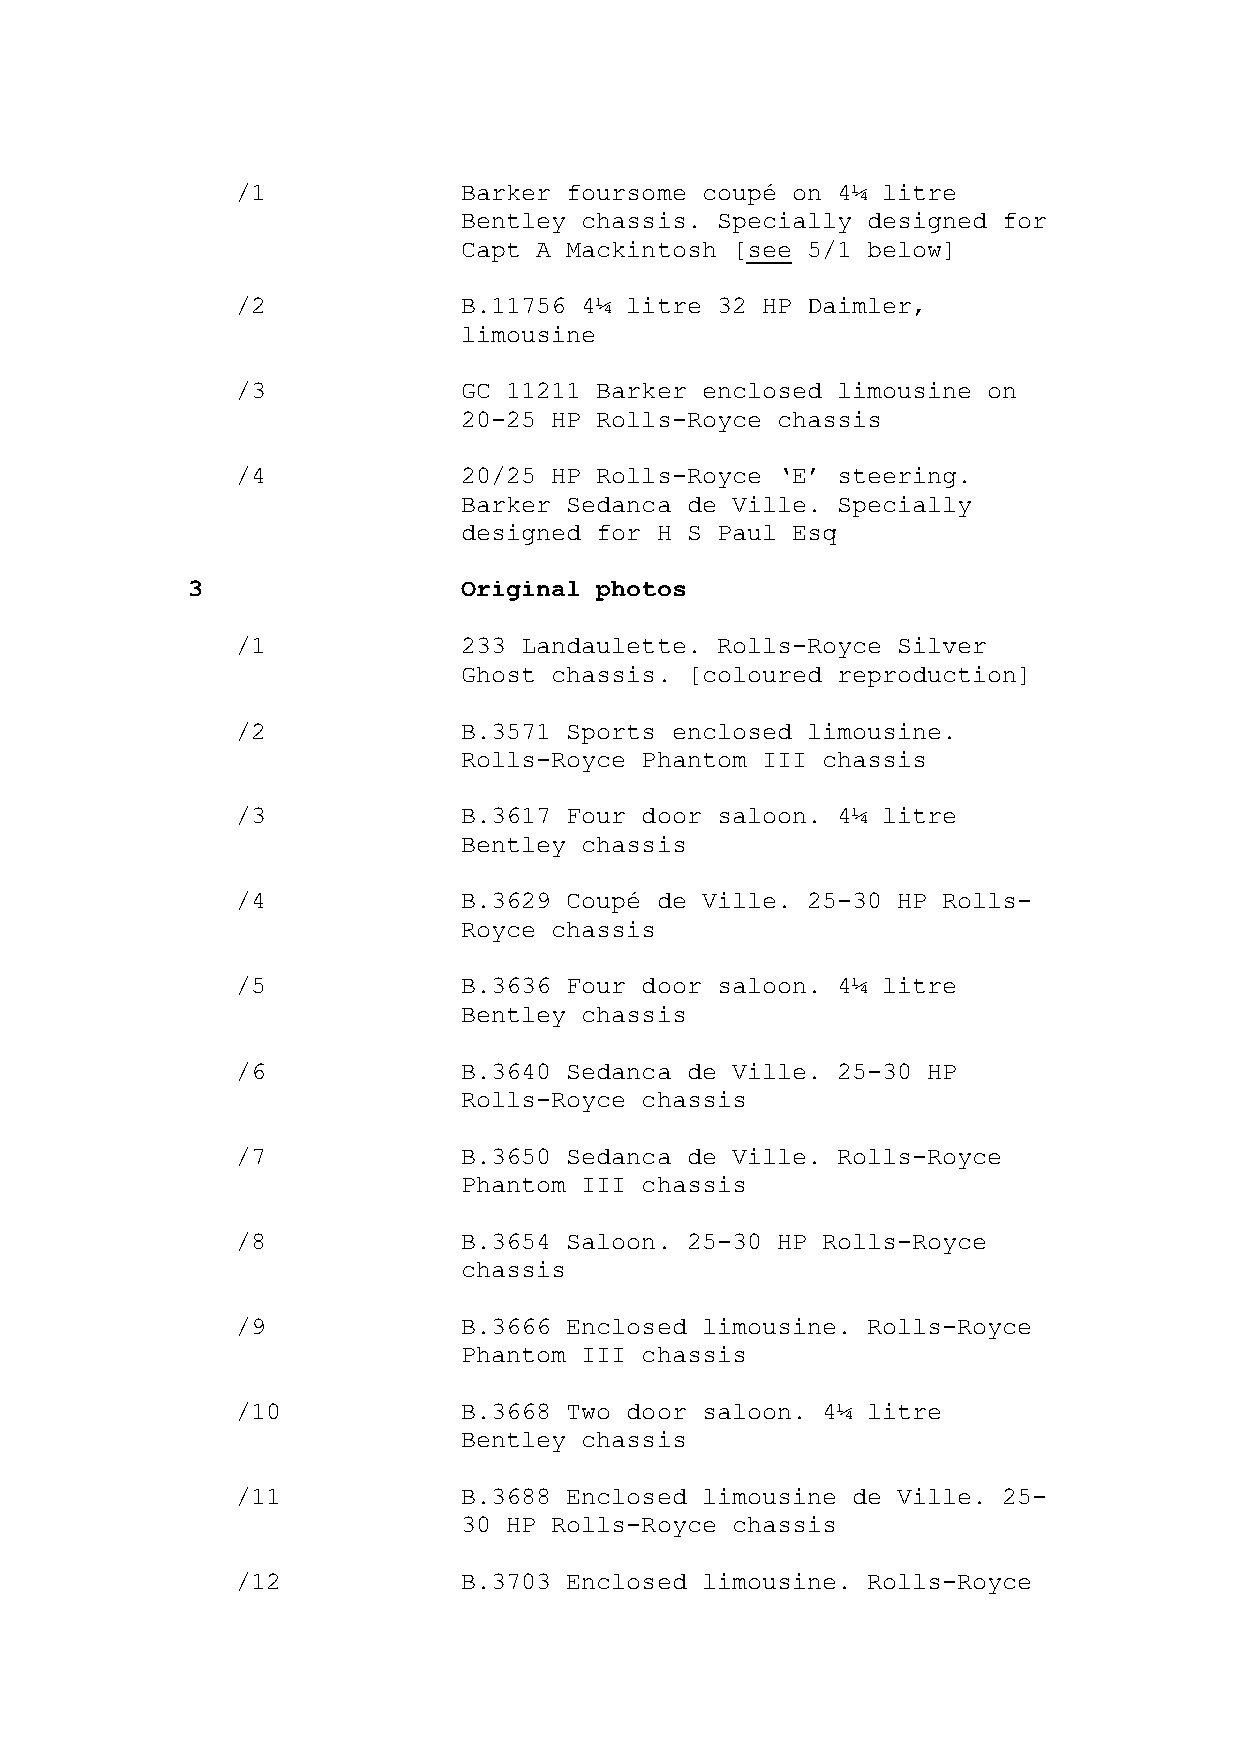
/1             Barker foursome coupé on 4¼ litre
 Bentley chassis. Specially designed for
 Capt A Mackintosh [see 5/1 below]
 /2             B.11756 4¼ litre 32 HP Daimler,
 limousine
 /3             GC 11211 Barker enclosed limousine on
 20-25 HP Rolls-Royce chassis
 /4             20/25 HP Rolls-Royce ‘E’ steering.
 Barker Sedanca de Ville. Specially
 designed for H S Paul Esq
 3                  Original photos
 /1             233 Landaulette. Rolls-Royce Silver
 Ghost chassis. [coloured reproduction]
 /2             B.3571 Sports enclosed limousine.
 Rolls-Royce Phantom III chassis
 /3             B.3617 Four door saloon. 4¼ litre
 Bentley chassis
 /4             B.3629 Coupé de Ville. 25-30 HP Rolls-
 Royce chassis
 /5             B.3636 Four door saloon. 4¼ litre
 Bentley chassis
 /6             B.3640 Sedanca de Ville. 25-30 HP
 Rolls-Royce chassis
 /7             B.3650 Sedanca de Ville. Rolls-Royce
 Phantom III chassis
 /8             B.3654 Saloon. 25-30 HP Rolls-Royce
 chassis
 /9             B.3666 Enclosed limousine. Rolls-Royce
 Phantom III chassis
 /10            B.3668 Two door saloon. 4¼ litre
 Bentley chassis
 /11            B.3688 Enclosed limousine de Ville. 25-
 30 HP Rolls-Royce chassis
 /12            B.3703 Enclosed limousine. Rolls-Royce